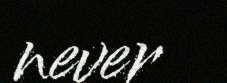
never